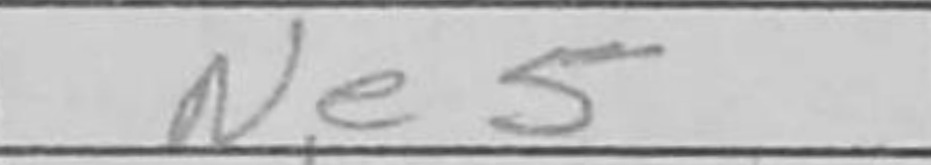
Transcription: Ne5